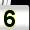
Digit: 5